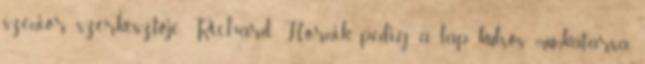
szenior szerkesztője, Richard Hornik pedig a lap külsős munkatársa.